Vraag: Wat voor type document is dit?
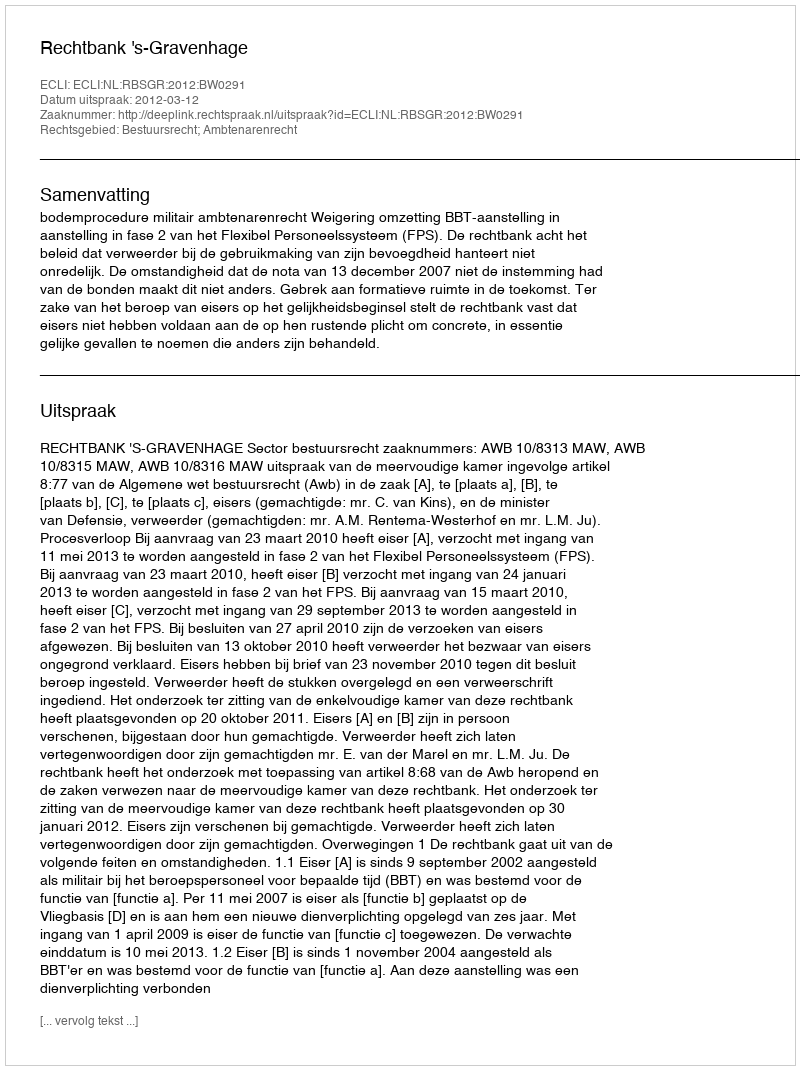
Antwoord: Uitspraak